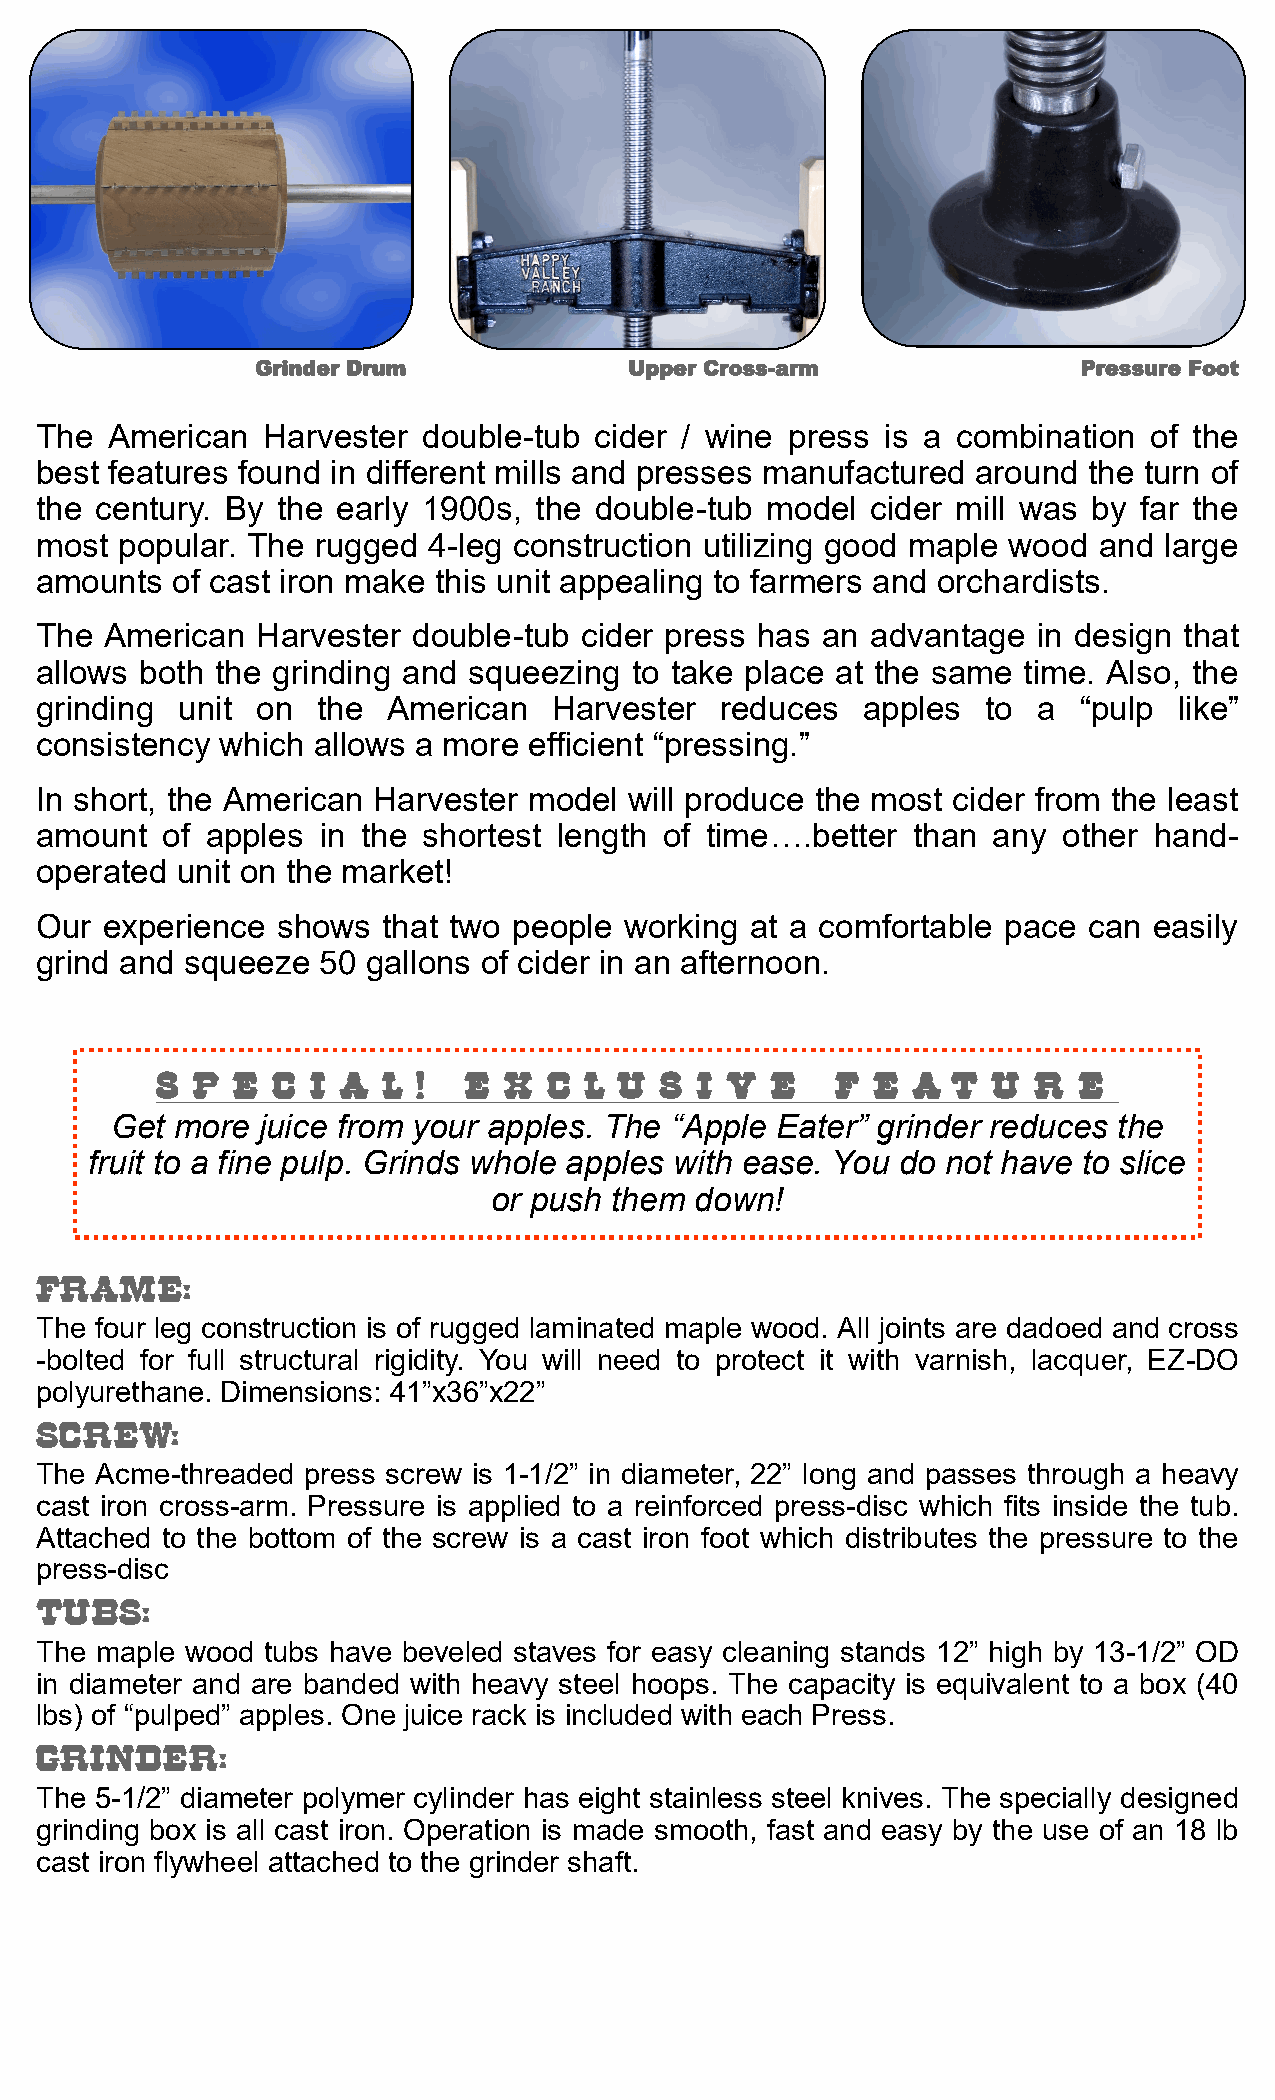
Grinder Drum             Upper Cross-arm               Pressure Foot
 The  American  Harvester  double-tub cider / wine press  is a combination of the
 best features found in different mills and presses manufactured around the turn of
 the century. By the early 1900s, the double-tub  model  cider mill was by far the
 most  popular. The rugged 4-leg construction utilizing good maple wood and large
 amounts  of cast iron make this unit appealing to farmers and orchardists.
 The  American  Harvester double-tub cider press has an  advantage  in design that
 allows both the grinding and squeezing  to take place at the same time. Also, the
 grinding  unit on  the  American   Harvester  reduces  apples  to  a  “pulp like”
 consistency  which allows a more efficient “pressing.”
 In short, the American Harvester model  will produce the most cider from the least
 amount   of apples in the shortest length of time….better than  any other hand-
 operated  unit on the market!
 Our  experience shows  that two people working  at a comfortable pace can easily
 grind and squeeze  50 gallons of cider in an afternoon.
 S  P E  C  I A L  !  E X  C  L U  S I V  E   F  E A  T  U R  E
 Get  more juice from your apples. The “Apple Eater” grinder reduces the
 fruit to a fine pulp. Grinds whole apples with ease. You do not have to slice
 or push them  down!
 FRAME:
 The four leg construction is of rugged laminated maple wood. All joints are dadoed and cross
 -bolted for full structural rigidity. You will need to protect it with varnish, lacquer, EZ-DO
 polyurethane. Dimensions: 41”x36”x22”
 SCREW:
 The Acme-threaded press screw is 1-1/2” in diameter, 22” long and passes through a heavy
 cast iron cross-arm. Pressure is applied to a reinforced press-disc which fits inside the tub.
 Attached to the bottom of the screw is a cast iron foot which distributes the pressure to the
 press-disc
 TUBS:
 The maple wood  tubs have beveled staves for easy cleaning stands 12” high by 13-1/2” OD
 in diameter and are banded with heavy steel hoops. The capacity is equivalent to a box (40
 lbs) of “pulped” apples. One juice rack is included with each Press.
 GRINDER:
 The 5-1/2” diameter polymer cylinder has eight stainless steel knives. The specially designed
 grinding box is all cast iron. Operation is made smooth, fast and easy by the use of an 18 lb
 cast iron flywheel attached to the grinder shaft.